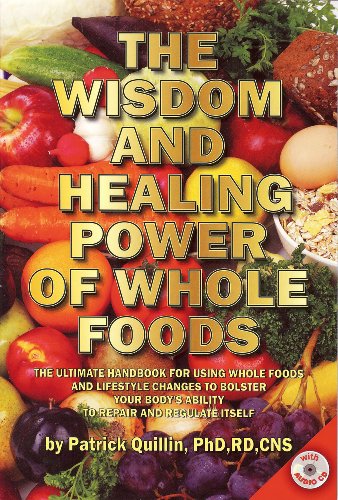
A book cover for Wisdom and Healing Power of Whole Foods, The; Patrick Quillin; Cookbooks, Food & Wine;